Annual statistical returns and brief notes on vaccination in Bengal - 1909-1929
Year: 1909
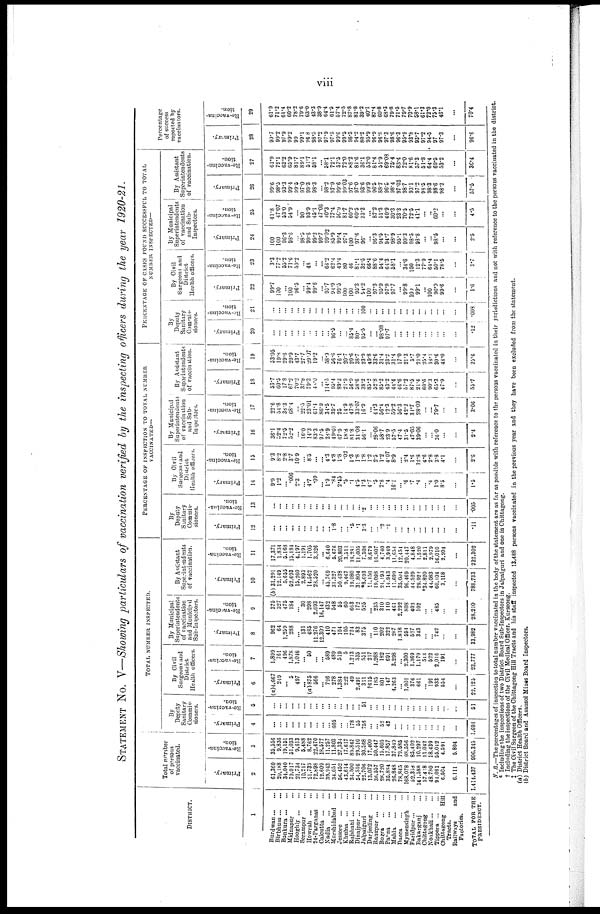
viii
STATEMENT No. V—Showing particulars of vaccination verified by the inspecting officers during the year 1920-21.
DISTRICT.
1
Burdwan ... ...
Birbhum ... ...
Bankura
...
...
Midnapur ... ...
Hooghly... ...
Serampur ...
Howrah
...
...
24-Parganas ...
Calcutta
...
...
Nadia
...
...
Murshidabad ...
Jessore
...
...
Khulna
...
...
Rajshani
...
...
Dinajpur
...
...
Jalpaiguri ...
Darjeeling ...
Rangpur
...
...
Bogra
...
...
Pabna
...
...
Malda
...
...
Dacca ... ...
Mymensingh ...
Faridpur...
...
Bakarganj ...
Chittagong
...
Noakhali ... ...
Tippera
...
...
Chittagong Hill
Tracts.
Railways
and
Factories.
TOTAL FOR THE
PRESIDENCY.
Total number
of persons
vaccinated.
Primary.
2
61,360
20,188
34,040
79,017
21,734
10,217
21,739
72,898
12,609
39,943
34,051
56,452
43,614
34,500
54,516
22,706
13,072
36,557
28,720
35,884
26,848
78,845
168,078
62,356
141,588
57,418
48,780
94,081
6,504
6,111
1,414,437
Re-vaccina-
tion.
3
35,556
9,836
19,151
51,033
9,613
5,488
8,762
22,470
18,577
11,257
11,803
27,334
17,617
89,845
29,510
30,568
17,409
50,447
15,605
17,857
37,849
79,585
98,556
85,402
10,297
11,042
18,439
55,042
4,591
5,804
906,345
TOTAL NUMBER INSPECTED.
By
Deputy
Sanitary
Commis-
sioners.
Primary.
4
...
... ...
...
...
... ...
... ...
... 605
...
... 178
55
758
...
... 52
43
...
...
...
...
...
...
...
...
...
...
1,691
Re-vaccina-
tion.
5
...
...
... ...
...
...
...
...
... ...
...
... ...
...
... 51
...
...
...
...
...
...
...
...
...
...
...
...
...
...
51
By Civil
Surgeons and
District
Health officers.
Primary.
6
(a)4,667
249
... 5
497
...
(a) 875
566
... 796
278
1,384
222
49
2,491
311
†615
185
801
147
4,263
... 1,001
376
661
... 199
933
554
...
22,125
Re-vaccina-
tion.
7
1,899
761
496
1,878
1,046
... 50
...
... 5.89
489
519
5
1,213
535
551
217
1,268
182
691
3,298
... 2,300
1,369
1,179
513
522
2,016
191
...
23,777
By Municipal
Superintendents
of vaccination
and Municipal
Sub-Inspectors.
Primary.
8
962
64
1,259
288
... 131
485
11,276
12,300
410
471
104
105
724
83
375
... 110
202
322
287
1,818
594
527
343
...
... 742
...
...
33,982
Re-vaccina-
tion.
9
375
327
475
184
... 30
298
2,693
16,147
432
548
55
60
663
172
525
...
235
310
110
461
2,292
808
403
102
...
... 485
...
...
28,210
By Assistant
Superintendents
of vaccination.
Primary.
10
(b) 31,291
12,149
5,655
52,693
15,260
2,893
14,562
28,520
... 45,769
31,327
50,438
9,467
19,080
31,804
*8,693
11,150
19,098
24,193
14,943
11,699
35,004
96,469
44,529
29,922
*34,820
44,083
60,104
3,118
...
788,733
Re-vaccina-
tion.
11
17,371
1,834
5,168
15,184
4,197
1,191
1,705
3,326
...
6,640
5,676
20,803
3,511
18,281
11,005
7,308
8,679
16,807
4,740
3,949
11,654
12,454
20,447
4,848
1,520
2,811
2,979
16,010
2,204
...
232,302
PERCENTAGE OF INSPECTION TO TOTAL NUMBER
VACCINATED—
By
Deputy
Sanitary
Commis-
sioners.
Primary.
12
...
...
...
...
...
...
...
... ...
... 1.8
...
... .5
.1
3.3
...
... .2
.1
... ...
...
...
... ...
...
...
...
...
.11
Re-vaccina-
tion.
13
...
...
...
...
...
...
...
...
...
...
...
...
...
...
...
.2
...
...
...
...
...
...
...
...
...
...
...
...
...
...
.005
By Civil
Surgeons and
District
Health officers.
Primary.
14
9.9
1.2
... .006
2.3
... 4.7
.09
... 1.9
.84
2.45
.5
.1
4.5
1.3
4.7
.5
2.8
.4
16.1
...
.6
.7
.4
... .4
1.0
8.5
...
1.5
Re-vaccina-
tion.
15
9.3
8.2
2.8
3.7
10.9
... 8.5
... ... 4.3
4.8
1.8
.02
1.3
1.8
1.8
1.2
2.5
1.2
4.07
8.9
... 2.4 1.6
12.8
4.6
2.8
3.8
4.1
...
2.6
By Municipal
Superintendents
of vaccination
and Sub¬
Inspectors.
Primary.
16
36.1
52.4
72.5
52.2
... 16.0
14.3
83.3
97.5
28.9
49.01
67.9
18.8
81.8
31.08
56.1
... 28.06
58.7
23.9
57.5
47.4
31.5
47.03
39.06
...
... 36.0
...
...
2.4
Re-vaccina-
tion.
17
22.6
54.8
38.3
68.4
... 22.5
23.01
61.4
86.9
34.5
39.7
25
14.9
47.8
33.07
16.9
...
44.3
56.4
12.3
59.2
56.3
42.2
31.7
28.09
... ...
79.7
...
...
3.06
By Assistant
Superintendents
of Vaccination.
Primary.
18
53.7
60.5
17.8
67.2
70.2
37.8
79.3
45.0
... 114.5
95.4
89.3
21.9
56.9
58.6
38.2
85.2
52.8
85.2
43.2
44.4
46.6
57.2
87.5
21.4
60.6
90.3
65.3
47.9
...
55.7
Re-vaccina-
tion.
19
53.05
19.8
29.6
29.9
43.7
27.7
29.07
19.2
... 58.9
56.6
76.1
20.7
20.6
38.7
23.9
49.8
33.6
31.4
23.2
31.4
17.0
21.3
5.7
21.0
25.4
16.1
30.6
48.0
...
25.6
PERCENTAGE OF CASES FOUND SUCCESSFUL TO TOTAL
NUMBER INSPECTED—
By
Deputy
Sanitary
Commis-
sioners.
Primary.
20
...
...
...
...
...
...
...
...
...
... 96.5
...
... 85.4
80.
95.5
...
... 98.08
97.7
... ...
...
... ...
...
...
...
...
...
.12
Re-vaccina-
tion.
21
...
...
...
...
...
...
...
...
...
...
...
...
...
...
... 100
...
...
...
...
...
...
...
...
...
...
...
...
...
...
.008
By Civil
Surgeons and
District
Health officers.
Primary.
22
99.7
100
... 100
96.5
... 99.4
99.6
... 95.7
94.9
99.5
100
100
95.3
94.2
100
97.3
95.9
97.9
97.7
... 99.8
100
99.1
... 100
96.9
99.6
...
1.6
Re-vaccina-
tion.
23
3.3
77.2
55.2
71.6
59.2
... 48
... ...
66.2
62.4
49.4
80
46
81.1
32.5
66.4
88.6
54.4
64.3
58.1
... 34.6
100
12.3
77.9
64.4
50.1
78.5
...
3.7
By Municipal
Superintendents
of vaccination
and Sub¬
Inspectors.
Primary.
24
100
100
96.3
98.6
... 98.5
99.6
99.2
99.7
99.02
85.9
99.4
97.1
100
97.6
96.
...
96.3
94.5
94.7
98.9
95.1
99.3
98.5
98.8
...
... 98.5
...
...
2.5
Re-vaccina¬
tion.
25
41.8
47.07
53.0
54.9
... 90.
93.9
45.1
47.06
40.3
77.4
50.9
81.7
60.2
60.5
33.3
...
87.2
51.3
40.9
30.3
23.3
70.5
72.5
41.1
... ...
60.2
...
...
4.5
By Assistant
Superintendents
of vaccination.
Primary.
26
99.6
98.5
93.3
99.4
99.5
97.0
99.3
98.3
... 98.2
97.9
99.6
99.03
97.6
97.0
93.6
99.9
96.5
88.7
96.5
98.4
97.03
98.7
93.1
97.2
98.5
98.3
98.6
98.2
...
57.5
Re-vaccina¬
tion.
27
61.9
72.1
63.2
65.9
81.7
89.1
51.7
58.1
... 58.1
72.1
57.5
72.0
88.2
81.6
36.1
53.0
81.4
51.9
69.08
75.4
83.4
72.0
81.6
57.3
51.8
64.4
69.5
53.2
...
36.4
Percentage
of success
reported by
vaccinators.
Primary.
28
99.7
99.2
97.9
99.2
99
99.1
96.8
98.5
97.2
97.9
97.5
99.6
99.5
98.3
94.2
80.2
95.9
96.9
96.8
97.3
98.6
96.3
95.9
93.8
93.7
97.2
94.5
97
97.3
...
96.6
R e-vaccina-
tion.
29
61.9
71.2
61.4
60.2
78.2
79.6
63.0
43.3
38.9
64.4
61.5
57.4
72.5
87.8
81.8
39.2
40.1
87.4
60.8
68.3
79.8
71.5
79.7
70.9
58.1
61.3
72.0
75.3
46.1
...
70.4
N. B.—The percentages of inspection to total number vaccinated in the body of the statement are as far as possible with reference to the persons vaccinated in their jurisdictions and not with reference to the persons vaccinated in the district.
* Including the inspections of two District Board Sub-Inspectors in Jalpaiguri and one in Chittagong.
† Including the inspections of the Civil Medical Officer, Kurseong.
‡ The Civil Surgeon of the Chittagong Hill Tracts and his staff inspected 13,488 persons vaccinated in the previous year and they have been excluded from the statement.
(a) District Health Officers.
(b) District Board and Asansol Mines Board Inspectors.